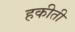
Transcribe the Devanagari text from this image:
हकीती